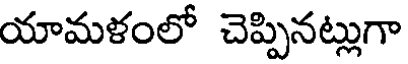
యామళంలో చెప్పినట్లుగా